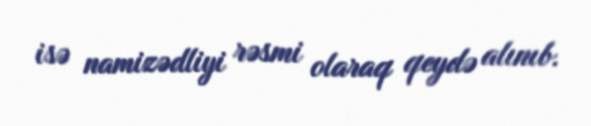
isə namizədliyi rəsmi olaraq qeydə alınıb.